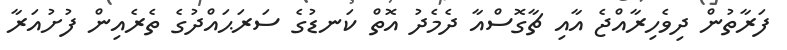
ފަރާތުން ދިވެހިރާއްޖެ އާއި ޗާގޮސްއާ ދެމެދު އޮތް ކަނޑުގެ ސަރަޙައްދުގެ ތެރެއިން ފުށުއަރާ